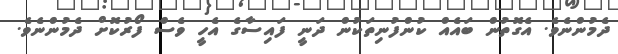
ދެމުންނެވެ. އެގޮތުން ބައެއް ކުންފުނިތަކުން ދަނީ ފައިސާގެ އެހީ ވެސް ފޯރުކޮށް ދެމުންނެވެ.